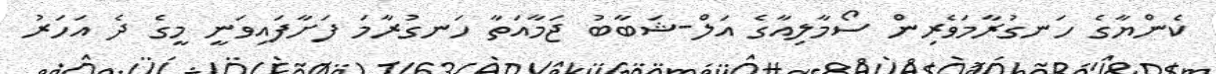
ކެންޔާގެ ހަނގުރާމަވެރިން ސޯމާލިއާގެ އަލް-ޝަބާބު ޖަމާއަތާ ހަނގުރާމަ ފަށާފައިވަނީ މީގެ ދެ އަހަރު